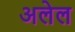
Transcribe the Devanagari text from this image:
अलेल